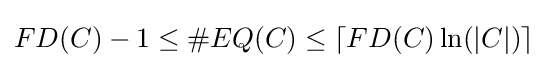
{\textstyle FD(C)-1\leq \#EQ(C)\leq \lceil FD(C)\ln(|C|)\rceil }